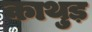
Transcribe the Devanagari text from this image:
काथुड़